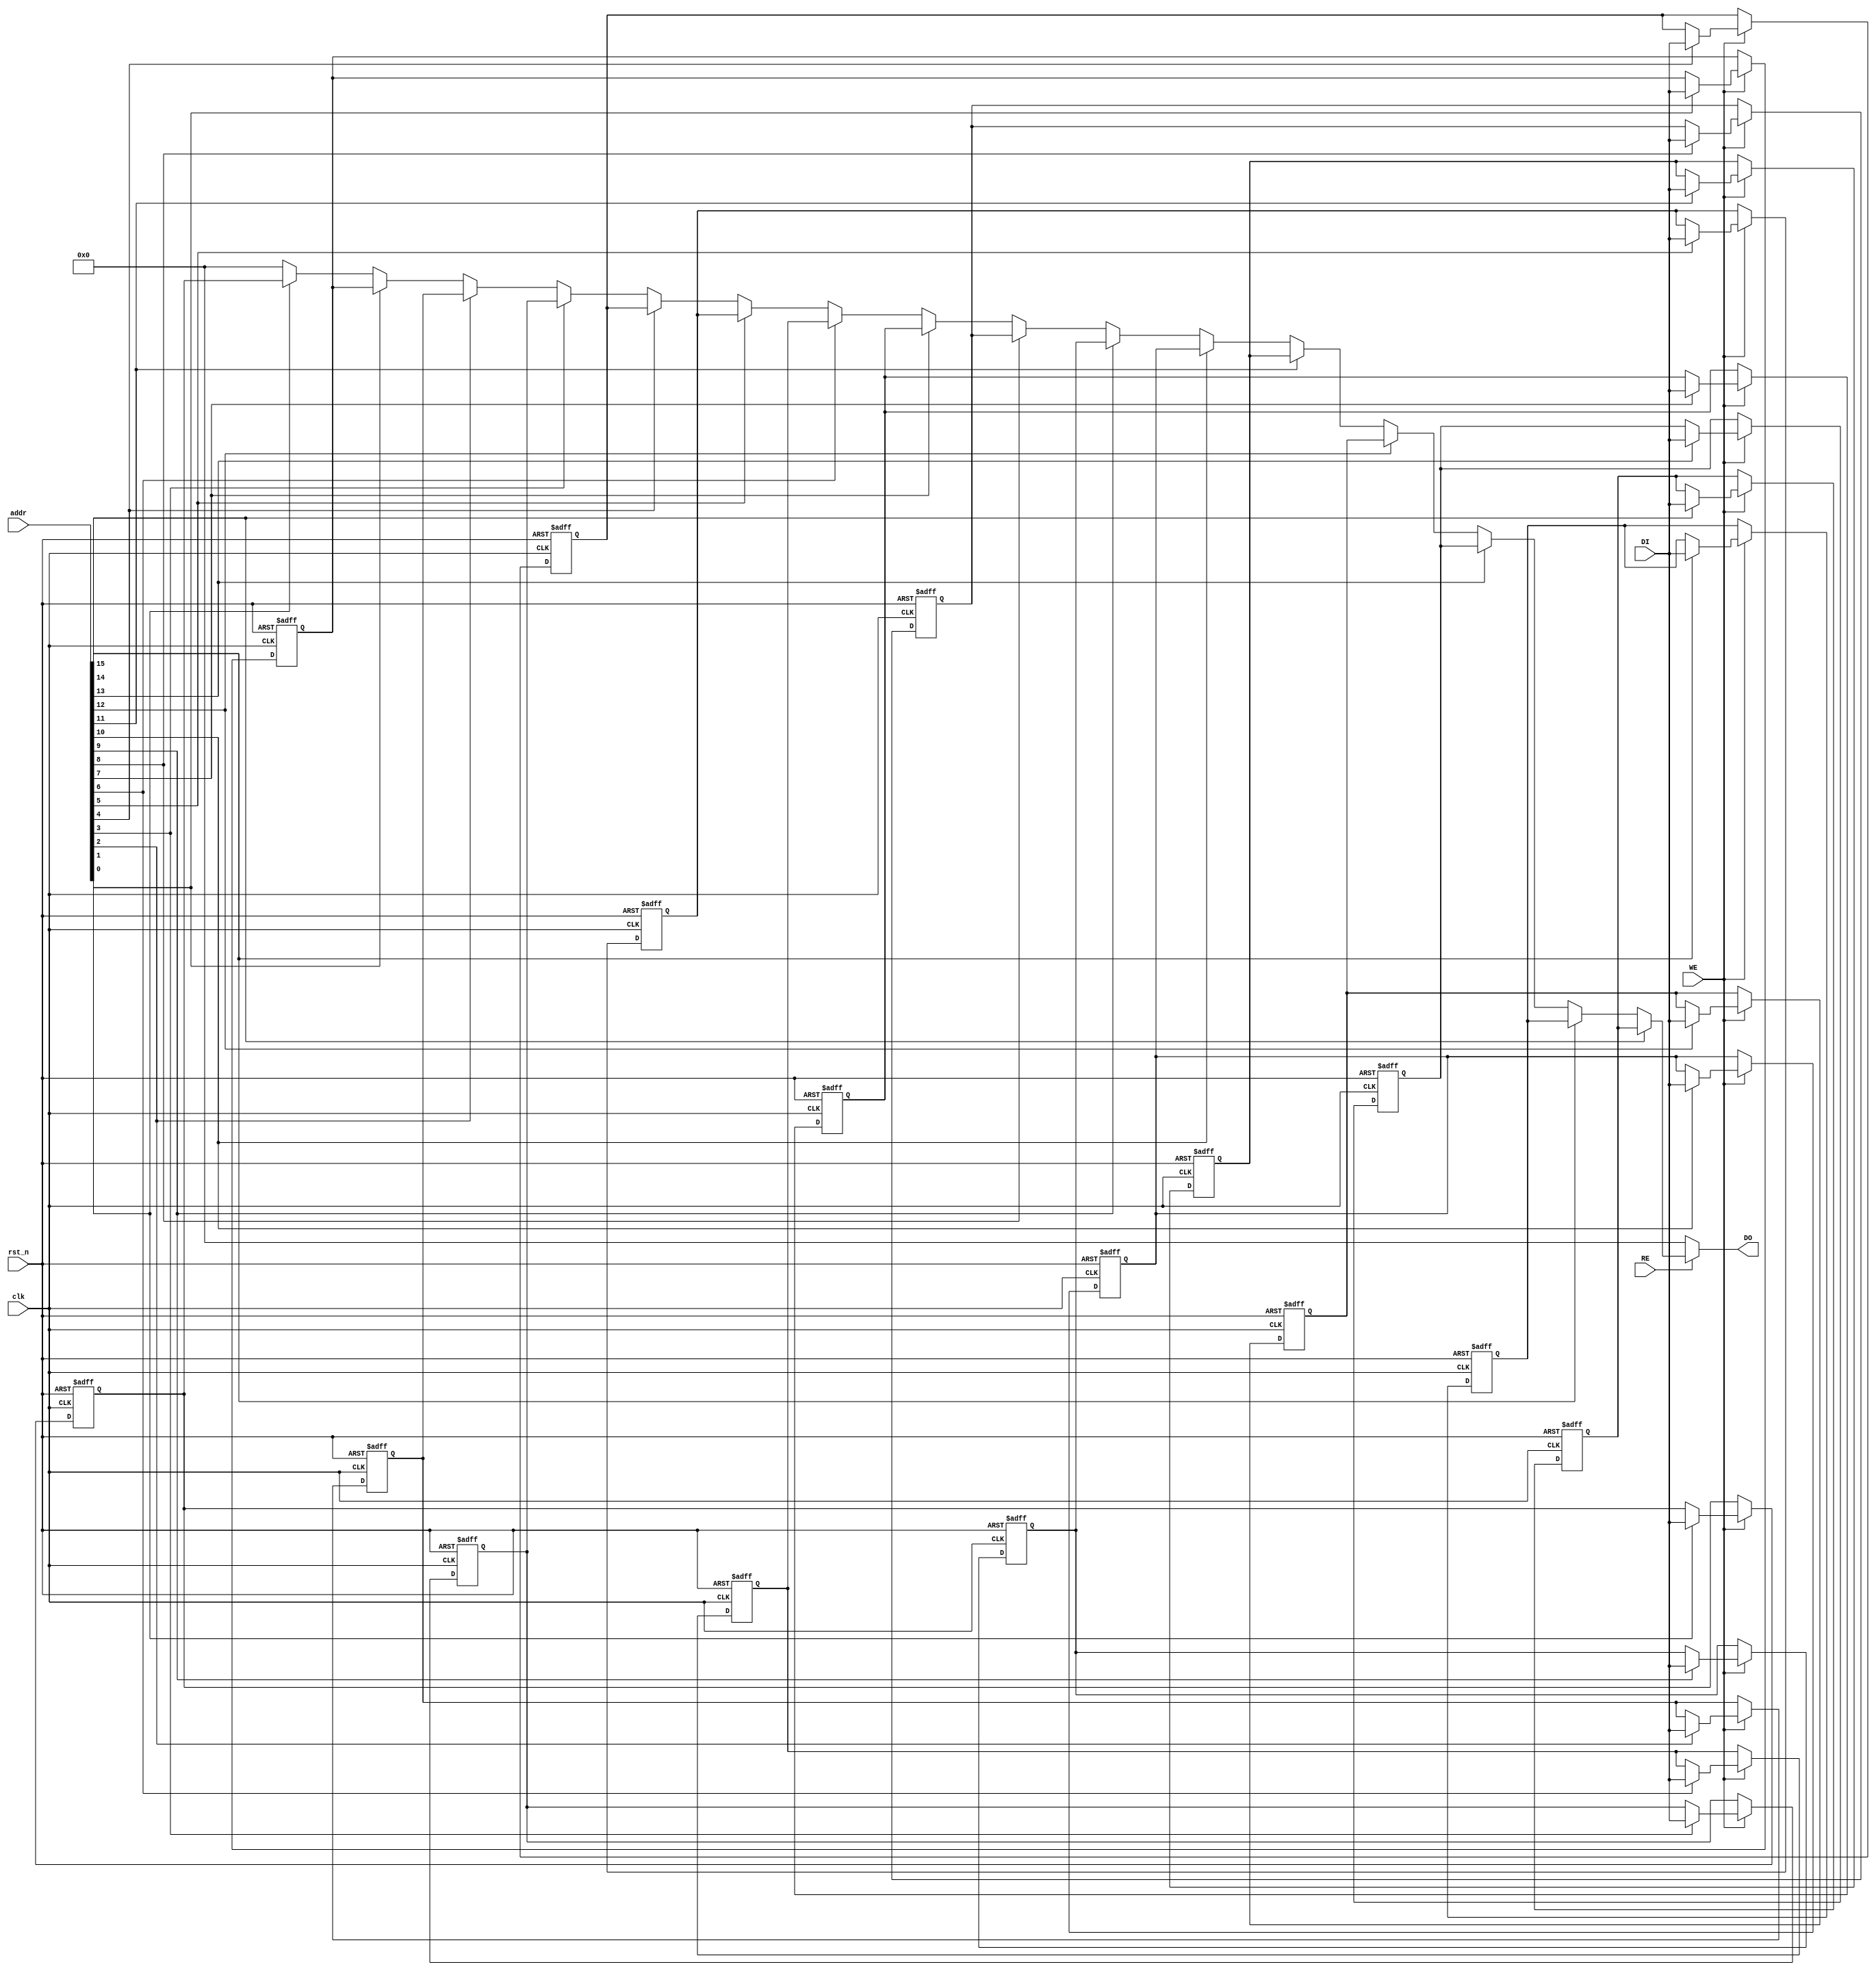
module RegisterFileSRAM #(
    parameter NUM_REGISTERS = 16, // Number of registers
    parameter REGISTER_WIDTH = 32  // Width of each register in bits
)(
    input wire clk,                 // Clock signal
    input wire rst_n,               // Active low reset
    input wire WE,                  // Write Enable
    input wire RE,                  // Read Enable
    input wire [NUM_REGISTERS-1:0] addr, // Address lines (one-hot encoding)
    input wire [REGISTER_WIDTH-1:0] DI, // Data Input
    output reg [REGISTER_WIDTH-1:0] DO  // Data Output
);

    // Register file array
    reg [REGISTER_WIDTH-1:0] registers [0:NUM_REGISTERS-1];

    // Initialize registers on reset
    integer i;
    always @(posedge clk or negedge rst_n) begin
        if (!rst_n) begin
            for (i = 0; i < NUM_REGISTERS; i = i + 1) begin
                registers[i] <= 0; // Initialize to zero
            end
        end else begin
            // Write operation
            if (WE) begin
                for (i = 0; i < NUM_REGISTERS; i = i + 1) begin
                    if (addr[i]) begin
                        registers[i] <= DI; // Write data to selected register
                    end
                end
            end
        end
    end

    // Read operation
    always @(*) begin
        DO = 0; // Default output
        if (RE) begin
            for (i = 0; i < NUM_REGISTERS; i = i + 1) begin
                if (addr[i]) begin
                    DO = registers[i]; // Read data from selected register
                end
            end
        end
    end

endmodule